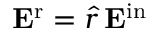
{ \bf E } ^ { \mathrm { r } } = \hat { r } \, { \bf E } ^ { \mathrm { i n } }